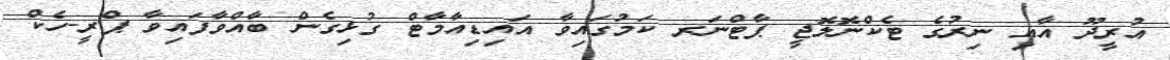
އުރީދޫ އާއި ނިރުގެ ޓެކްނޮލޮޖީ ޕާޓްނަރ ކަމުގައިވާ އައިޑިއާމާޓް ގުޅިގެން ބާއްވާފައިވާ ޕްރީ-ހެކް